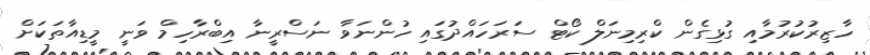
ހާޒިރުކުރުމާއި ގުޅިގެން ކްރިމިނަލް ކޯޓް ސަރަހައްދުގައި ހުންނަވާ ނަސްރީނާ އިބްރާހިމް ވަނީ މީޑިއާތަކަށް